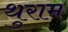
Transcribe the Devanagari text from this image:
थुराम